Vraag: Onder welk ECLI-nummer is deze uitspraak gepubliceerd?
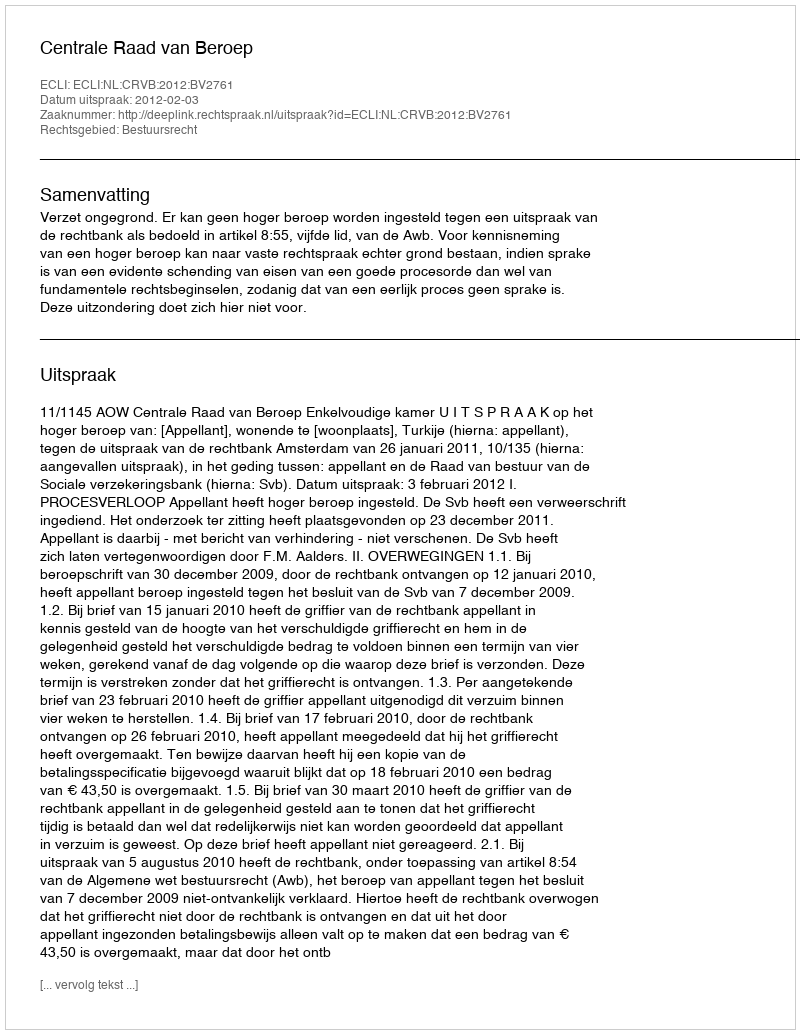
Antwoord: ECLI:NL:CRVB:2012:BV2761